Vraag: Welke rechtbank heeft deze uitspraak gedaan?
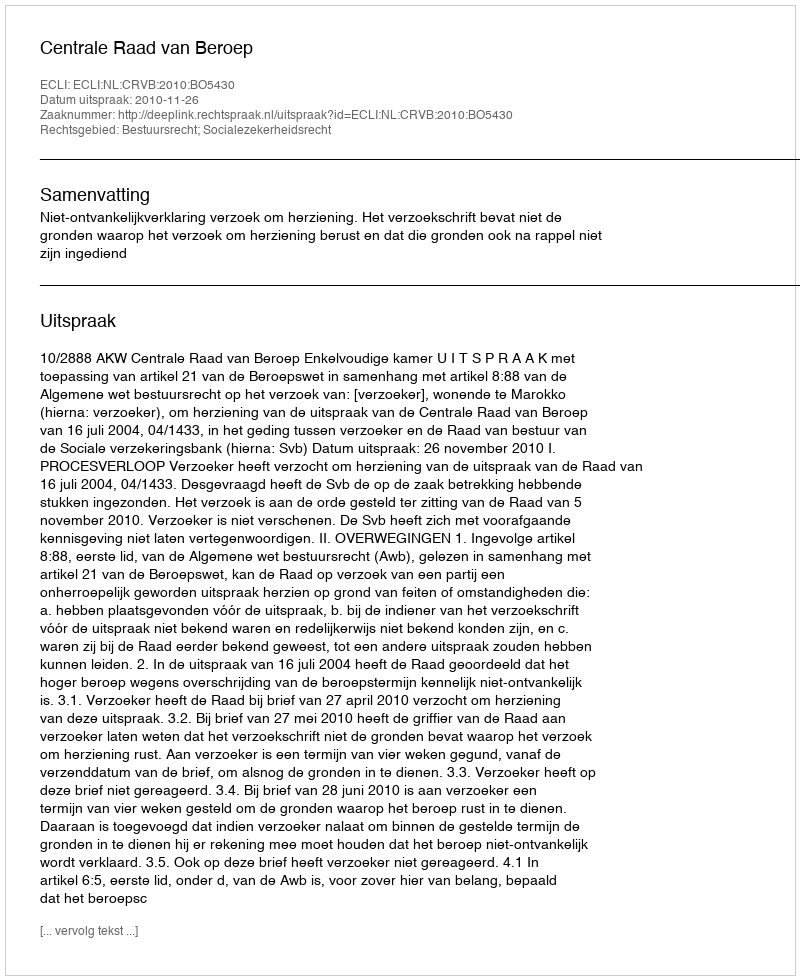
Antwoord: Centrale Raad van Beroep